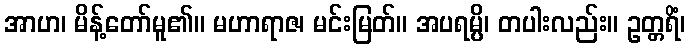
အာဟ၊ မိန့်တော်မူ၏။ မဟာရာဇ၊ မင်းမြတ်။ အပရမ္ပိ၊ တပါးလည်း။ ဥတ္တရိံ၊